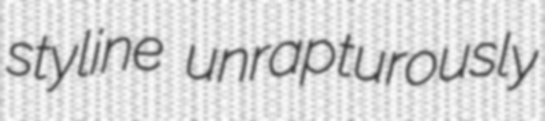
styline unrapturously